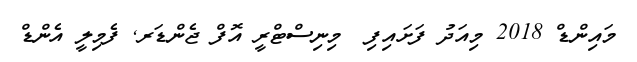
މައިންޑް 2018 މިއަދު ފަށައިފި  މިނިސްޓްރީ އޮފް ޖެންޑަރ